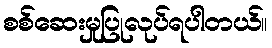
စစ်ဆေးမှုပြုလုပ်ရပါတယ်။